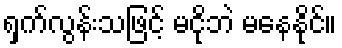
ရှက်လွန်းသဖြင့် မငိုဘဲ မနေနိုင်။